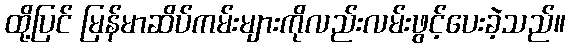
ထို့ပြင် မြန်မာဆိပ်ကမ်းများကိုလည်းလမ်းဖွင့်ပေးခဲ့သည်။